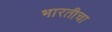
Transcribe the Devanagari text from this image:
भारतीचा